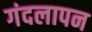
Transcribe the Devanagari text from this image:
गंदलापन